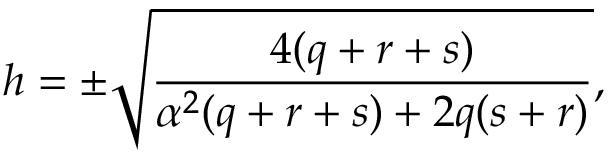
h = \pm \sqrt { \frac { 4 ( q + r + s ) } { \alpha ^ { 2 } ( q + r + s ) + 2 q ( s + r ) } } ,